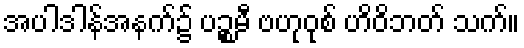
အပါဒါန်အနက်၌ ပဉ္စမီ ဗဟုဝုစ် ဟိဝိဘတ် သက်။